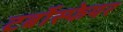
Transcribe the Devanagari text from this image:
टर्बोस्फेयर